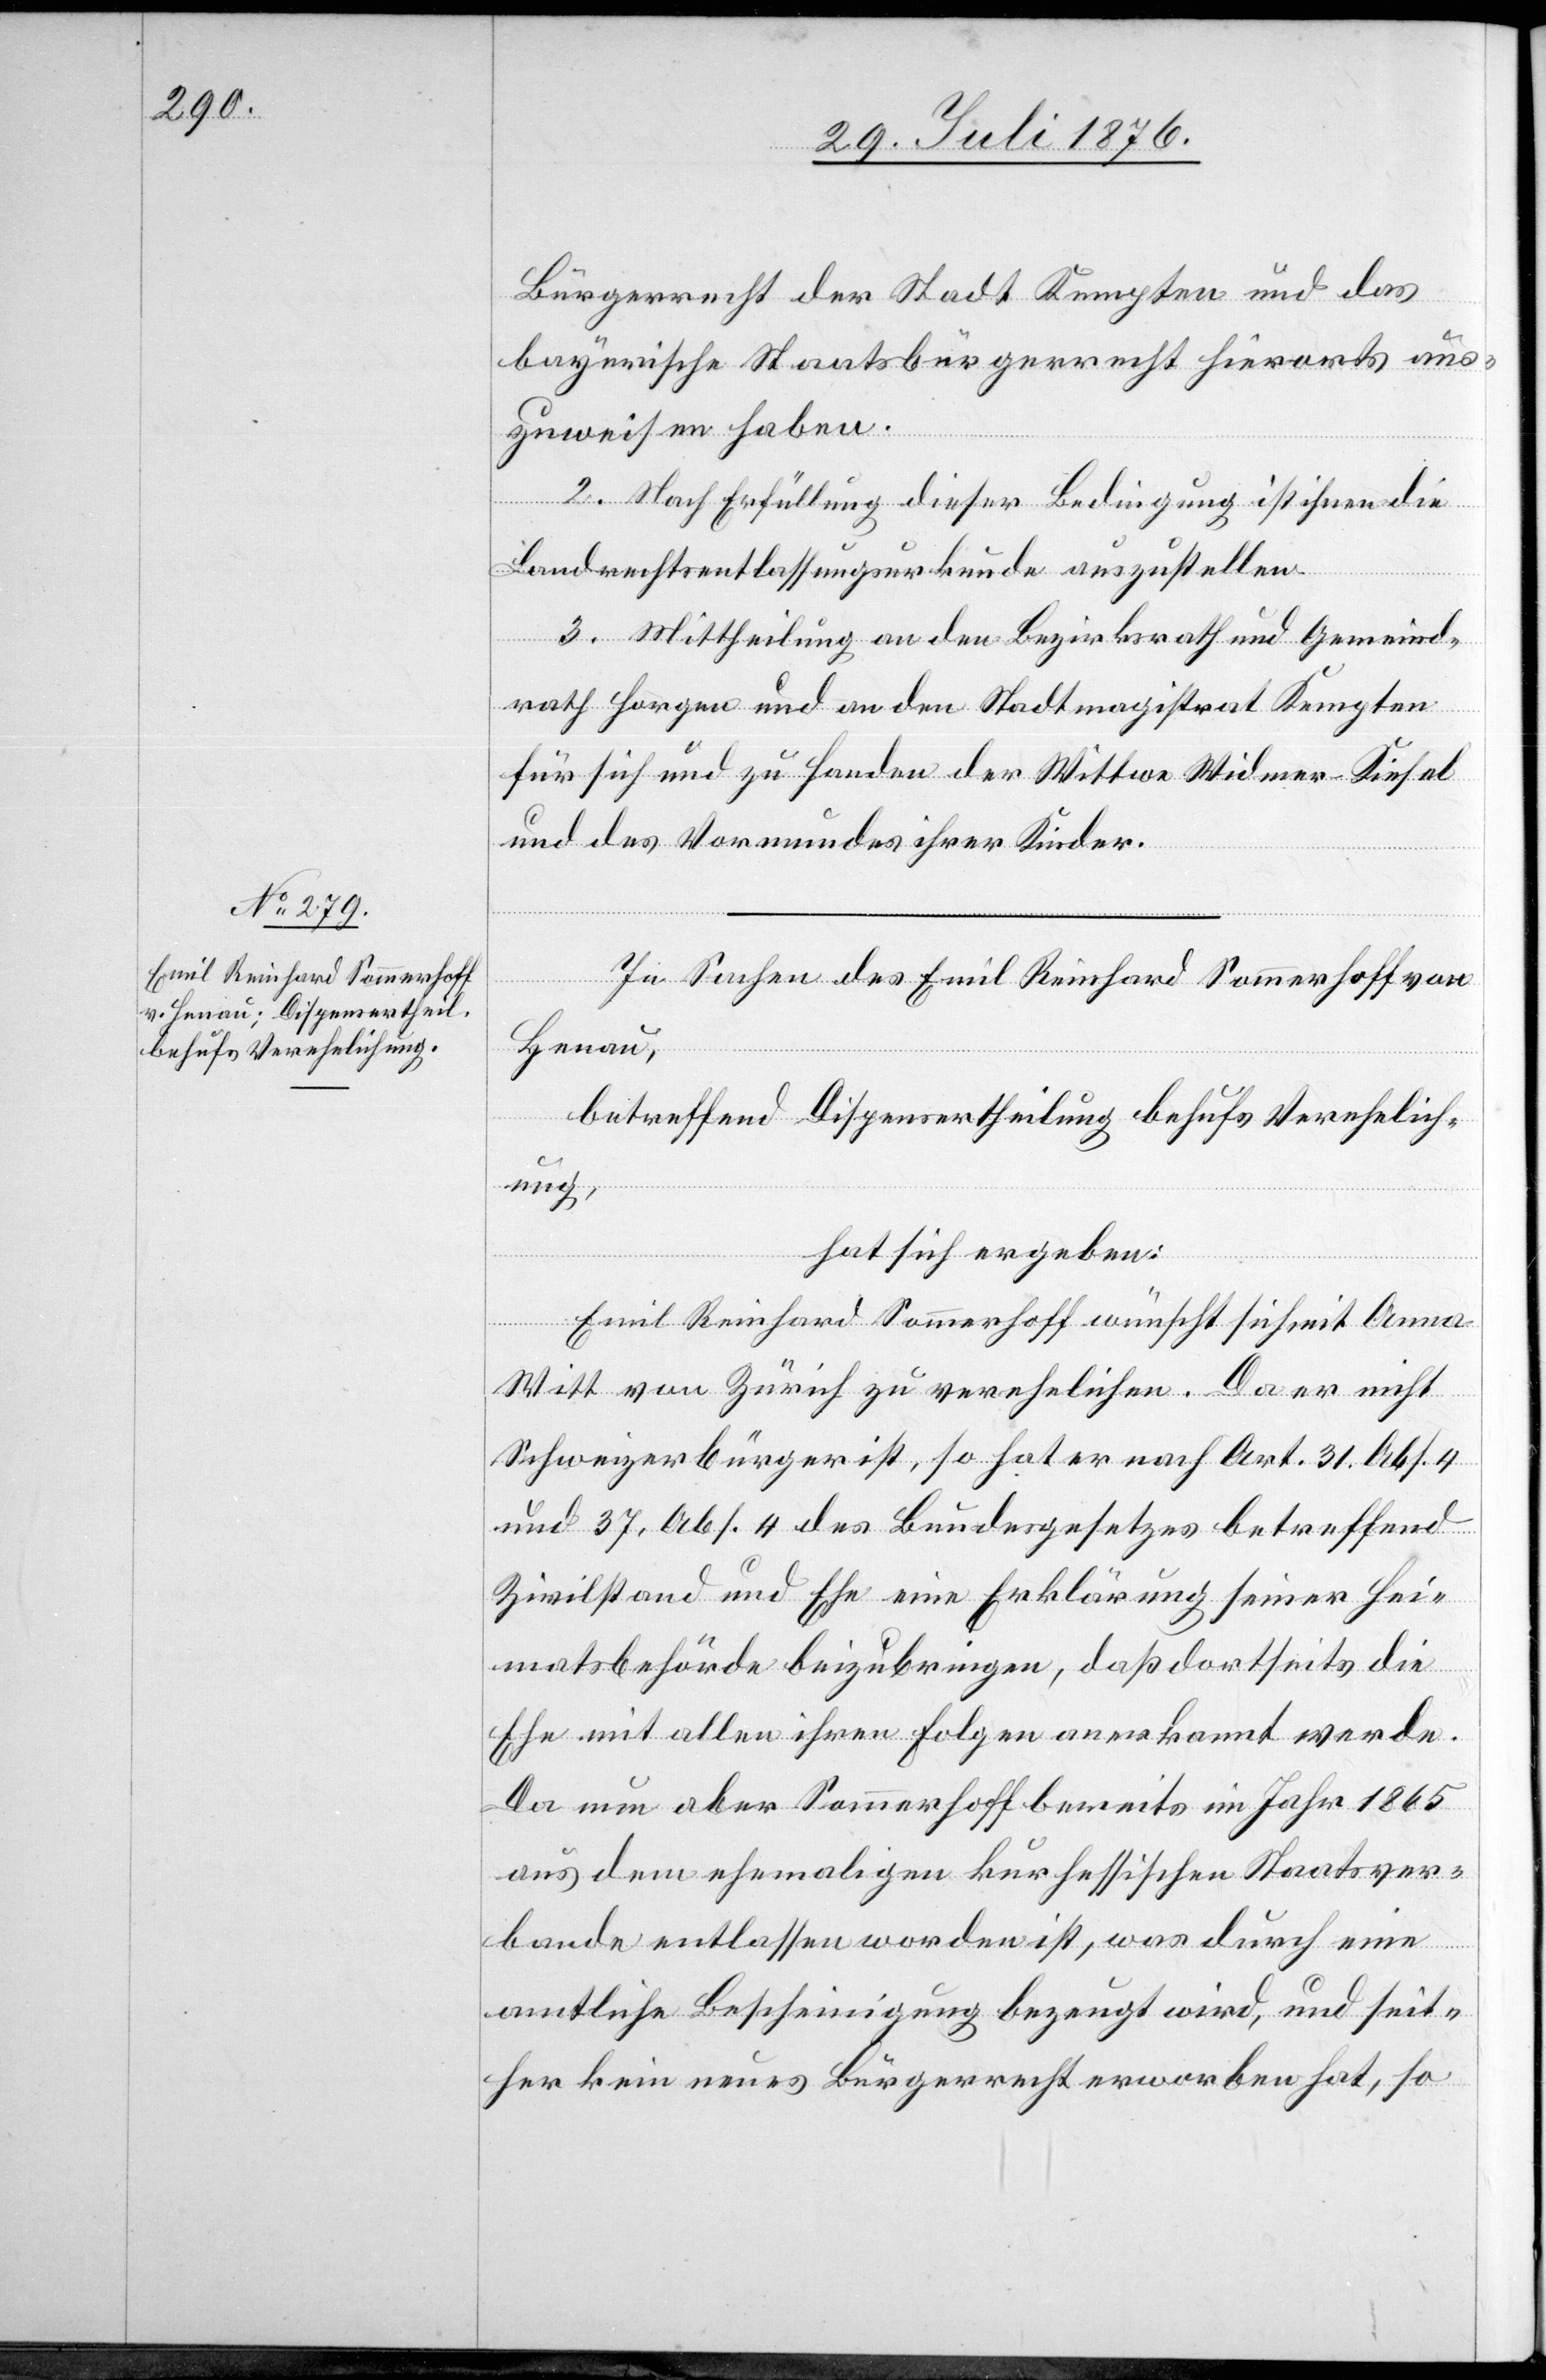
Bürgerrecht der Stadt Kempten und das
bayerische Staatsbürgerrecht hierorts aus¬
zuweisen haben.
2. Nach Erfüllung dieser Bedingung ist ihnen die
Landrechtsentlassungsurkunde auszustellen.
3. Mittheilung an den Bezirksrath und Gemeind¬
rath Horgen und an den Stadtmagistrat Kempten
für sich und zu Handen der Wittwe Widmer-Kiesel
und des Vormundes ihrer Kinder.
In Sachen des Emil Reinhard Sommerhoff von
Henau,
betreffend Dispensertheilung behufs Verehelich¬
ung,
hat sich ergeben:
Emil Reinhard Sommerhoff wünscht sich mit Anna
Witt von Zürich zu verehelichen. Da er nicht
Schweizerbürger ist, so hat er nach Art. 31 Abs. 4
und 37, Abs. 4 des Bundesgesetzes betreffend
Zivilstand und Ehe eine Erklärung seiner Hei¬
matsbehörde beizubringen, daß dortseits die
Ehe mit allen ihren Folgen anerkannt werde.
Da nun aber Sommerhoff bereits im Jahr 1865
aus dem ehemaligen kurhessischen Staatsver¬
bande entlassen worden ist, was durch eine
amtliche Bescheinigung bezeugt wird, und seit¬
her kein neues Bürgerrecht erworben hat, so